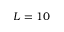
L = 1 0